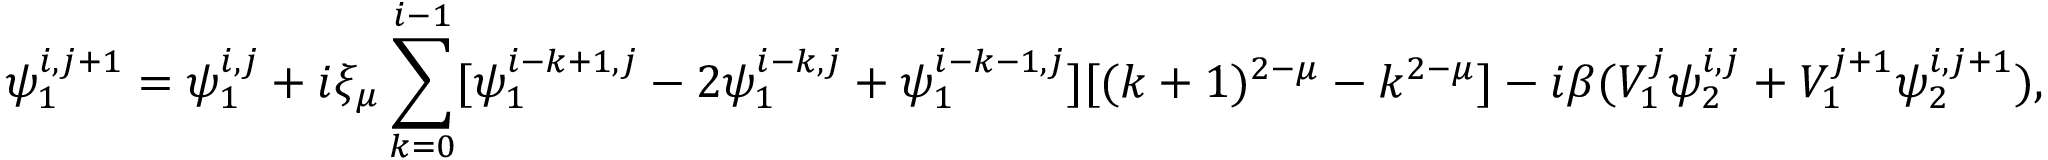
\psi _ { 1 } ^ { i , j + 1 } = \psi _ { 1 } ^ { i , j } + i \xi _ { \mu } \sum _ { k = 0 } ^ { i - 1 } [ \psi _ { 1 } ^ { i - k + 1 , j } - 2 \psi _ { 1 } ^ { i - k , j } + \psi _ { 1 } ^ { i - k - 1 , j } ] [ ( k + 1 ) ^ { 2 - \mu } - k ^ { 2 - \mu } ] - i \beta ( V _ { 1 } ^ { j } \psi _ { 2 } ^ { i , j } + V _ { 1 } ^ { j + 1 } \psi _ { 2 } ^ { i , j + 1 } ) ,